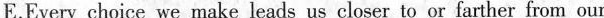
E.Every choice we make leads us closer to or farther from our